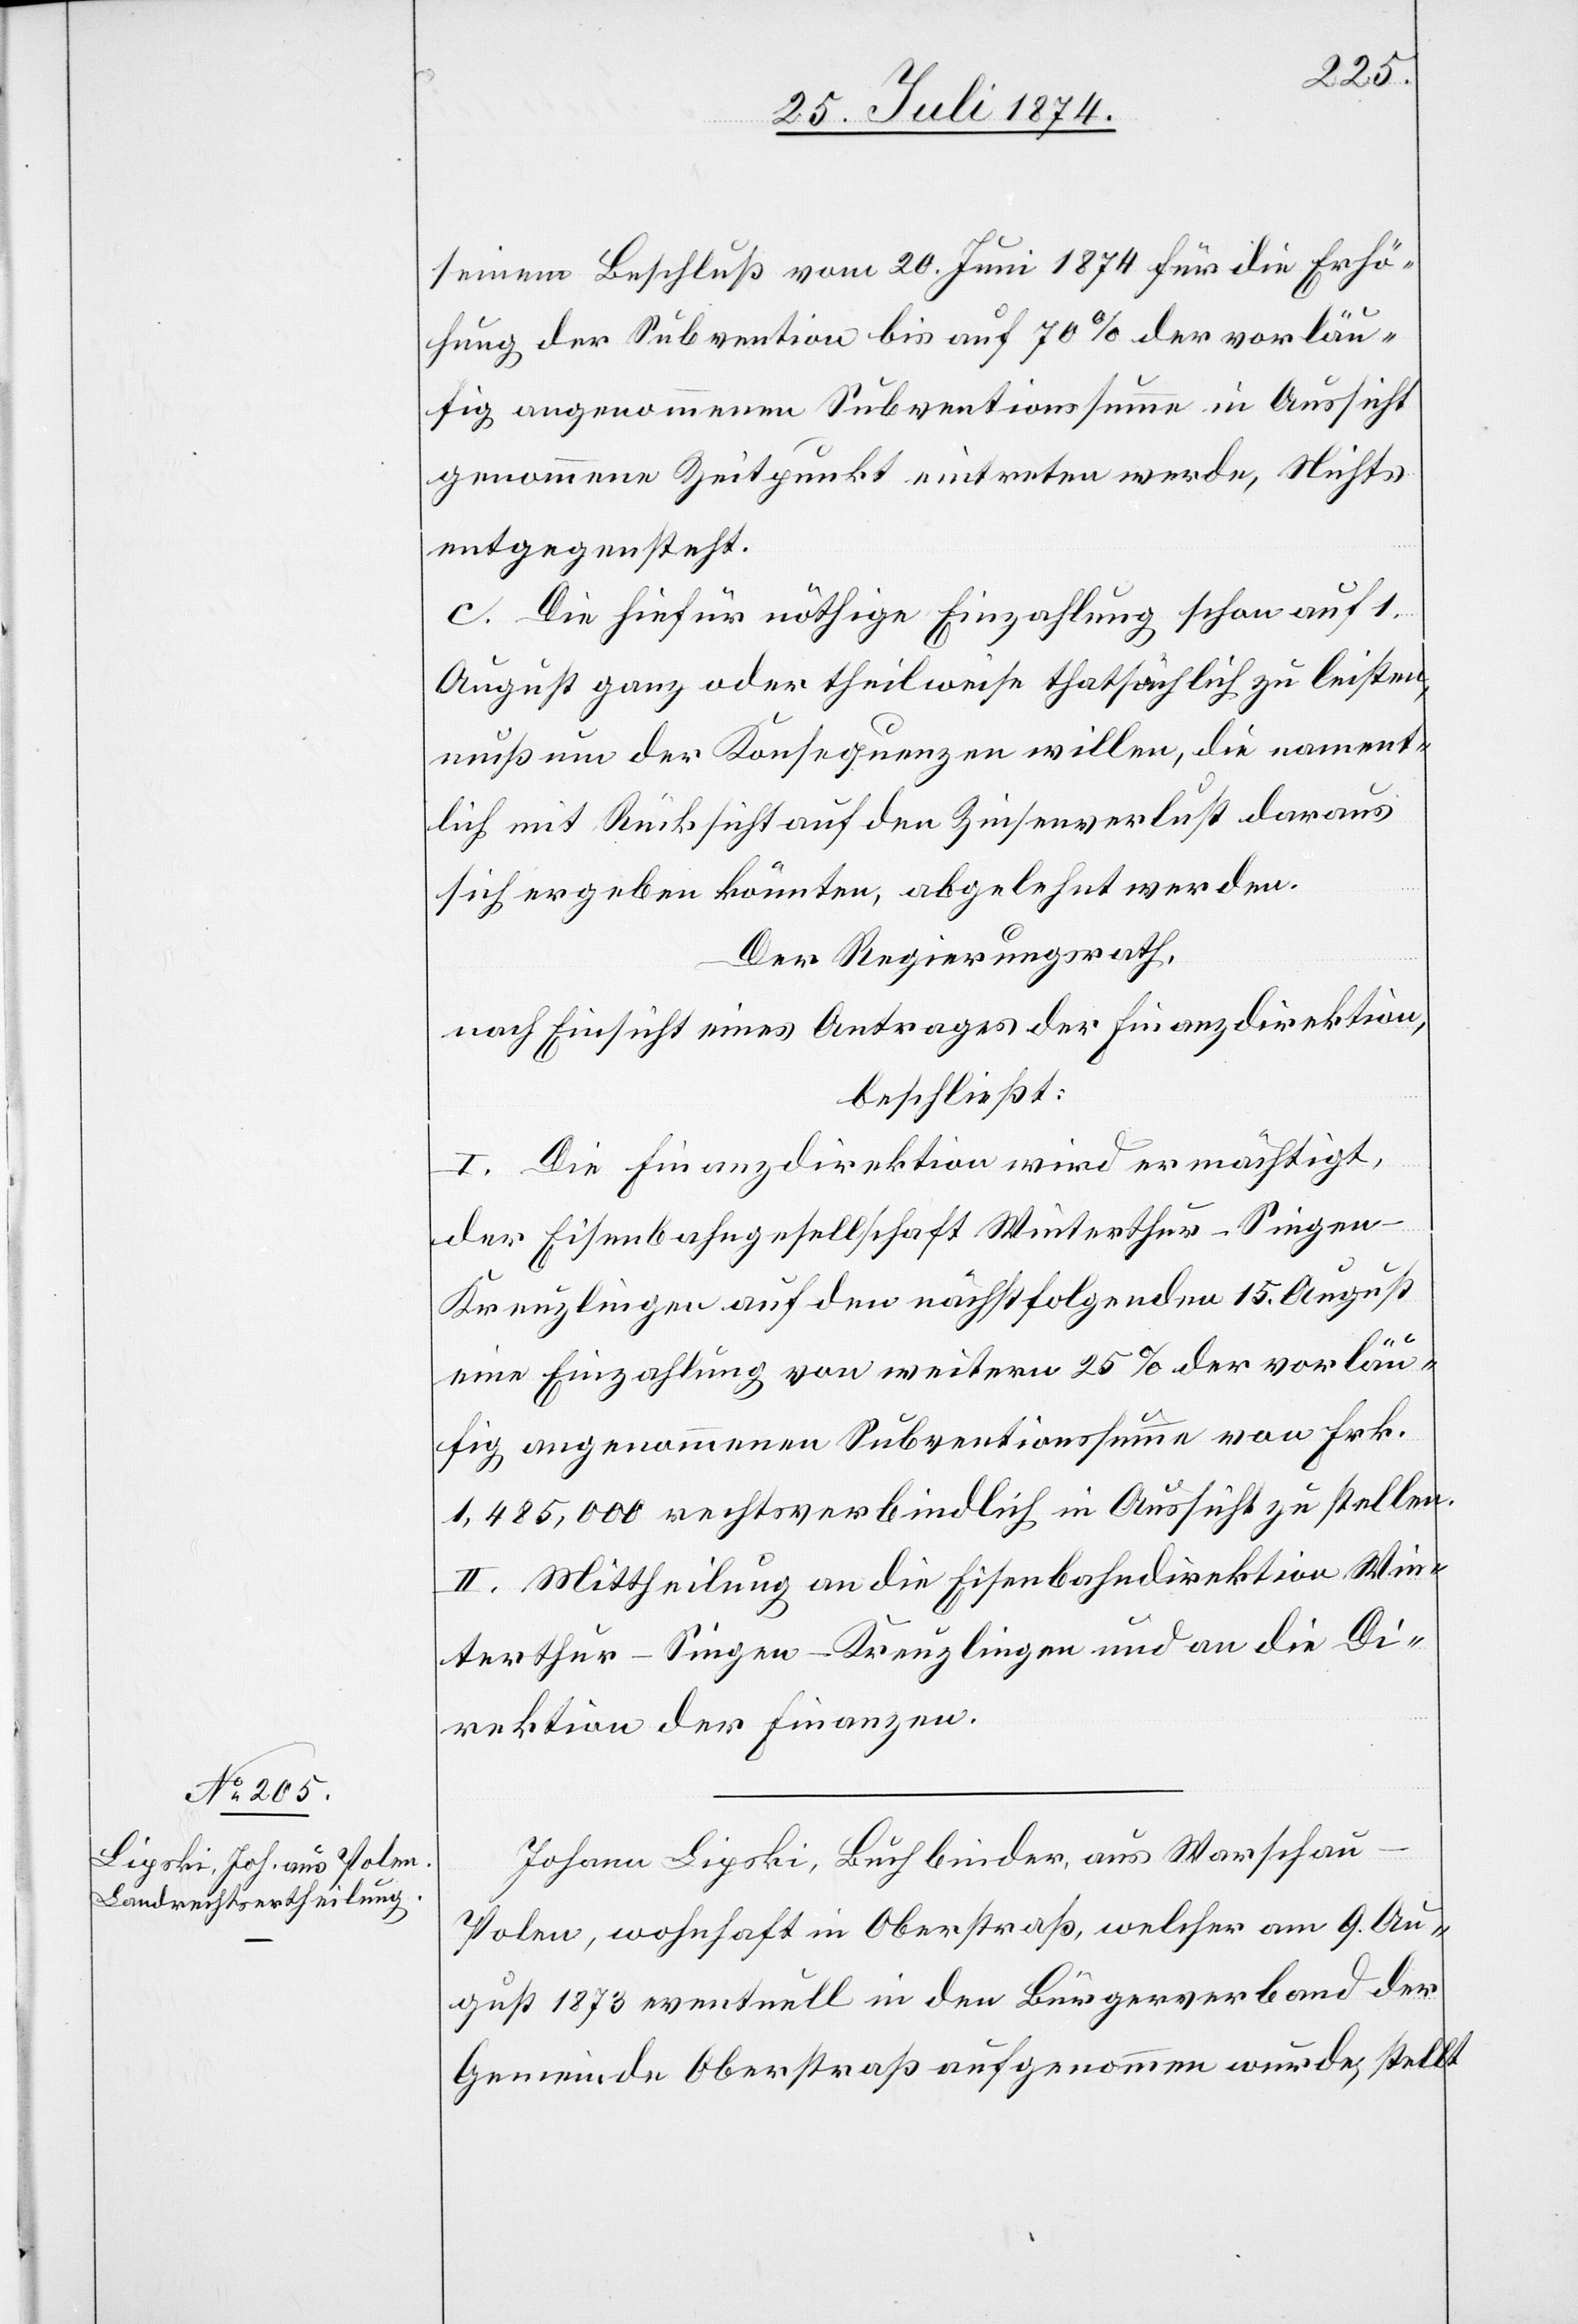
seinem Beschluß vom 20. Juni 1874 für die Erhö¬
hung der Subvention bis auf 70% der vorläu¬
fig angenommenen Subventionssumme in Aussicht
genommene Zeitpunkt eintreten werde, Nichts
entgegensteht.
c. Die hiefür nöthige Einzahlung schon auf 1.
August ganz oder theilweise thatsächlich zu leisten,
muß um der Konsequenzen willen, die nament¬
lich mit Rücksicht auf den Zinsenverlust daraus
sich ergeben könnten, abgelehnt werden.
Der Regierungsrath,
nach Einsicht eines Antrages der Finanzdirektion,
beschließt:
I. Die Finanzdirektion wird ermächtigt,
der Eisenbahngesellschaft Winterthur–Singe¬
n–Kreuzlingen auf den nächstfolgenden 15. August
eine Einzahlung von weitern 25% der vorläu¬
fig angenommenen Subventionssumme von Frk.
1,485,000 rechtsverbindlich in Aussicht zu stellen.
II. Mittheilung an die Eisenbahndirektion Win¬
terthur–Singen–Kreuzlingen und an die Di¬
rektion der Finanzen.
Johann Lipski, Buchbinder, aus Warschau-P¬
olen, wohnhaft in Oberstraß, welcher am 9. Au¬
gust 1873 eventuell in den Bürgerverband der
Gemeinde Oberstraß aufgenommen wurde, stellt